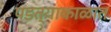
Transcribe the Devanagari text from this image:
पडत्याकाळात